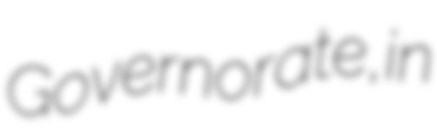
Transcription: Governorate, in